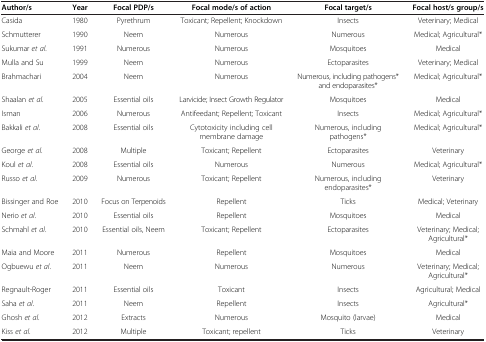
| Author/s | Year | Focal PDP/s | Focal mode/s of action | Focal target/s | Focal host/s group/s |
 | --- | --- | --- | --- | --- | --- |
 | Casida | 1980 | Pyrethrum | Toxicant; Repellent; Knockdown | Insects | Veterinary; Medical |
 | Schmutterer | 1990 | Neem | Numerous | Numerous | Medical; Agricultural* |
 | Sukumar et al. | 1991 | Numerous | Numerous | Mosquitoes | Medical |
 | Mulla and Su | 1999 | Neem | Numerous | Ectoparasites | Veterinary; Medical |
 | Brahmachari | 2004 | Neem | Numerous | Numerous, including pathogens* and endoparasites* | Medical; Agricultural* |
 | Shaalan et al. | 2005 | Essential oils | Larvicide; Insect Growth Regulator | Mosquitoes | Medical |
 | Isman | 2006 | Numerous | Antifeedant; Repellent; Toxicant | Insects | Medical; Agricultural* |
 | Bakkali et al. | 2008 | Essential oils | Cytotoxicity including cell membrane damage | Numerous, including pathogens* | Medical; Agricultural* |
 | George et al. | 2008 | Multiple | Toxicant; Repellent | Ectoparasites | Veterinary |
 | Koul et al. | 2008 | Essential oils | Numerous | Numerous | Medical; Agricultural* |
 | Russo et al. | 2009 | Numerous | Toxicant; Repellent | Numerous, including endoparasites* | Veterinary |
 | Bissinger and Roe | 2010 | Focus on Terpenoids | Repellent | Ticks | Medical; Veterinary |
 | Nerio et al. | 2010 | Essential oils | Repellent | Mosquitoes | Medical |
 | Schmahl et al. | 2010 | Essential oils, Neem | Toxicant; Repellent | Ectoparasites | Veterinary; Medical; Agricultural* |
 | Maia and Moore | 2011 | Numerous | Repellent | Mosquitoes | Medical |
 | Ogbuewu et al. | 2011 | Neem | Numerous | Numerous | Veterinary; Medical; Agricultural* |
 | Regnault-Roger | 2011 | Essential oils | Toxicant | Insects | Agricultural; Medical |
 | Saha et al. | 2011 | Neem | Repellent | Insects | Agricultural* |
 | Ghosh et al. | 2012 | Extracts | Numerous | Mosquito (larvae) | Medical |
 | Kiss et al. | 2012 | Multiple | Toxicant; repellent | Ticks | Veterinary |